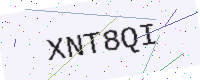
Text: XNT8QI